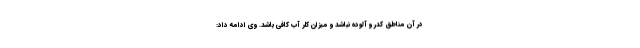
در آن مناطق کدر و آلوده نباشد و میزان کلر آب کافی باشد. وی ادامه داد: